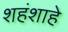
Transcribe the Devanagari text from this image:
शहंशाहे